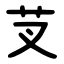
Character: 芆